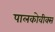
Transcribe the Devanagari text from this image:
पालकोवीक्स